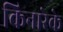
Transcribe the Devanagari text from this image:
किनारेके